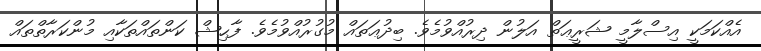
އެއްކަމަކީ އިސްލާމީ ޝަރީޢަތް އަލުން ދިރުއްވުމެވެ. ބިދުޢަތައް މުގުރުއްވުމެވެ. ފާޙިޝް ކަންތައްތަކާއި މުންކަރާތްތައް